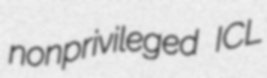
nonprivileged ICL